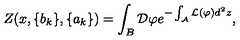
Z ( x , \{ b _ { k } \} , \{ a _ { k } \} ) = \int _ { B } { \mathcal D } \varphi e ^ { - \int _ { \mathcal A } { \mathcal L } ( \varphi ) d ^ { 2 } z } ,